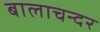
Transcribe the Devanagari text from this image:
बालाचन्दर